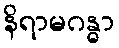
နိရာမဂန္ဓာ